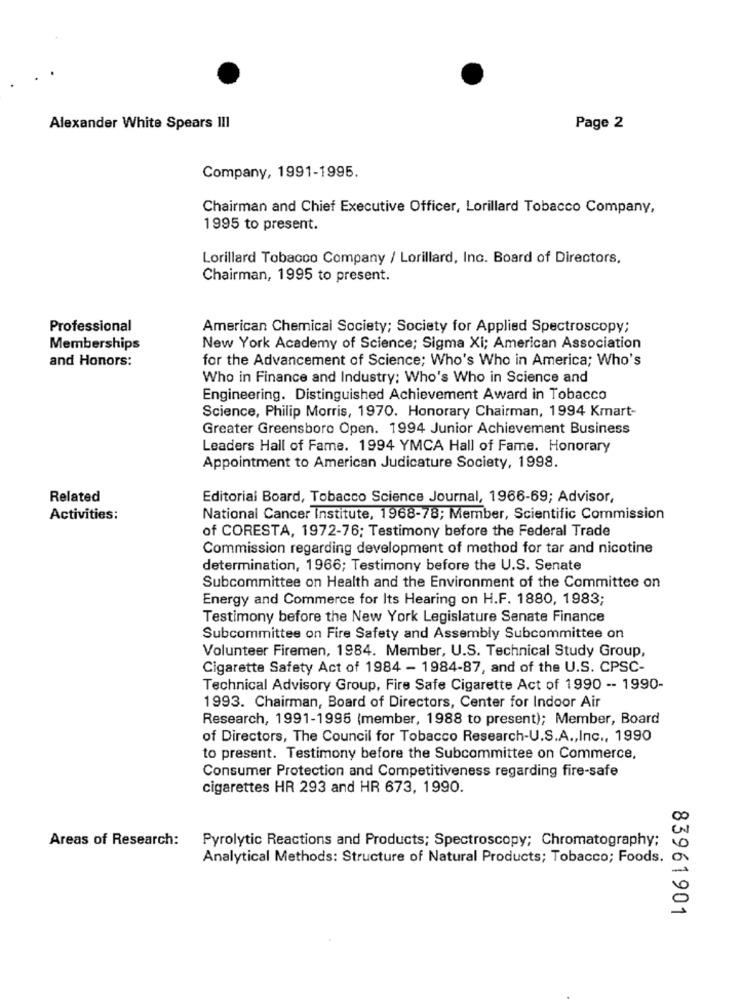
Alexander White Spears III
Page 2
Company, 1991-1995.
Chairman and Chief Executive Officer, Lorillard Tobacco Company,
1995 to present.
Lorillard Tobacco Company / Lorillard, Inc. Board of Directors,
Chairman, 1995 to present.
Professional
American Chemical Society; Society for Applied Spectroscopy;
Memberships
New York Academy of Science; Sigma Xi; American Association
and Honors:
for the Advancement of Science; Who's Who in America; Who's
Who in Finance and Industry: Who's Who in Science and
Engineering. Distinguished Achievement Award in Tobacco
Science, Philip Morris, 1970. Honorary Chairman, 1994 Kmart-
Greater Greensboro Open. 1994 Junior Achievement Business
Leaders Hall of Fame. 1994 YMCA Hall of Fame. Honorary
Appointment to American Judicature Society, 1998.
Related
Editorial Board, Tobacco Science Journal, 1966-69; Advisor,
Activities:
National Cancer Institute, 1968-78; Member, Scientific Commission
of CORESTA, 1972-76; Testimony before the Federal Trade
Commission regarding development of method for tar and nicotine
determination, 1966; Testimony before the U.S. Senate
Subcommittee on Health and the Environment of the Committee on
Energy and Commerce for Its Hearing on H.F. 1880, 1983;
Testimony before the New York Legislature Senate Finance
Subcommittee on Fire Safety and Assembly Subcommittee on
Volunteer Firemen, 1984. Member, U.S. Technical Study Group,
Cigarette Safety Act of 1984 - 1984-87, and of the U.S. CPSC-
Technical Advisory Group, Fire Safe Cigarette Act of 1990 -- 1990-
1993. Chairman, Board of Directors, Center for Indoor Air
Research, 1991-1995 (member, 1988 to present); Member, Board
of Directors, The Council for Tobacco Research-U.S.A ., Inc ., 1990
to present. Testimony before the Subcommittee on Commerce,
Consumer Protection and Competitiveness regarding fire-safe
cigarettes HR 293 and HR 673, 1990.
Areas of Research:
Pyrolytic Reactions and Products; Spectroscopy; Chromatography;
Analytical Methods: Structure of Natural Products; Tobacco; Foods.
83961901